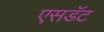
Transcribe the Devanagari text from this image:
एसडॅट